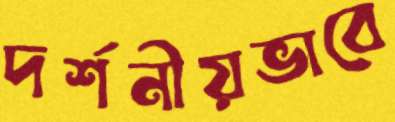
দর্শনীয়ভাবে